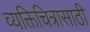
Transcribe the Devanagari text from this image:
व्यक्तिचित्रासाठी